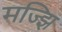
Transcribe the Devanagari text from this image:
मज्झि